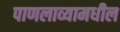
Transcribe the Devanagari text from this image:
पाणलाव्यामधील